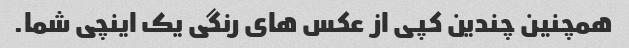
همچنین چندین کپی از عکس های رنگی یک اینچی شما.